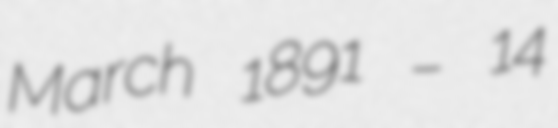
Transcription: March 1891 – 14